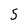
Character: 5